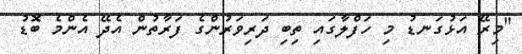
"މިރޭ އަޅުގަނޑު މި ހަފްލާގައި ތިބި ދަރިވަރުންގެ ފަރާތުން އެދޭ އެންމެ ބޮޑު